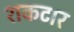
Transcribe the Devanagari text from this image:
शकटार